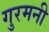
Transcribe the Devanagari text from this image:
गुरमनी